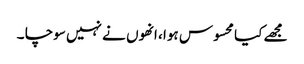
مجھے کیا محسوس ہوا ، انھوں نے نہیں سوچا ۔